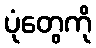
ပုံတွေကို